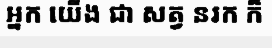
អ្នក យើង ជា សត្វ នរក ក៏